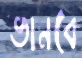
ভানবে